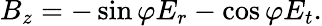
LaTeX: B_{z}=-\sin\varphi E_{r}-\cos\varphi E_{t}.